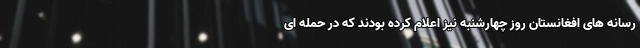
رسانه های افغانستان روز چهارشنبه نیز اعلام کرده بودند که در حمله ای